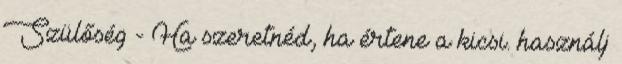
Szülőség - Ha szeretnéd, ha értene a kicsi. használj